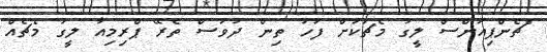
"ޗެންޕިއަންސް ލީގު މެޗަކަށް ފަހު ތިން ދުވަސް ތެރޭ ޕްރިމިއާ ލީގު މެޗެއް